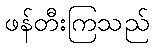
ဖန်တီးကြသည်